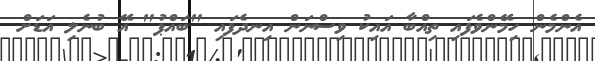
އެންމެން ހިމޭންވެފައި ތިއްބާ އައިކު ވިސްނަން އިނދެފައި "ބައްޕު" އޭ ބުނެލި އަޑަށް